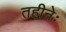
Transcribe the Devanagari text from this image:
तहीनेः